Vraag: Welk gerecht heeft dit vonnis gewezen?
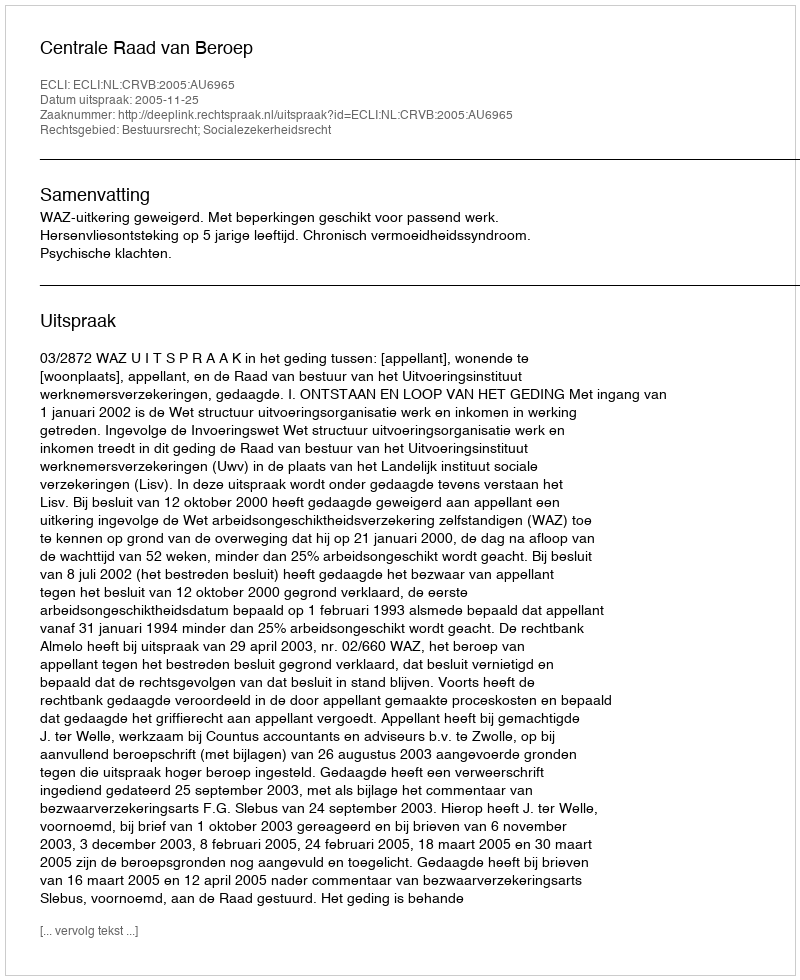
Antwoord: Centrale Raad van Beroep